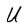
Character: U